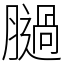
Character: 膼